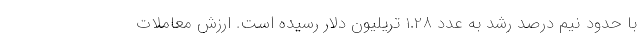
با حدود نیم درصد رشد به عدد 1.28 تریلیون دلار رسیده است. ارزش معاملات